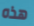
هذه